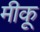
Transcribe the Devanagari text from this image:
मीकू